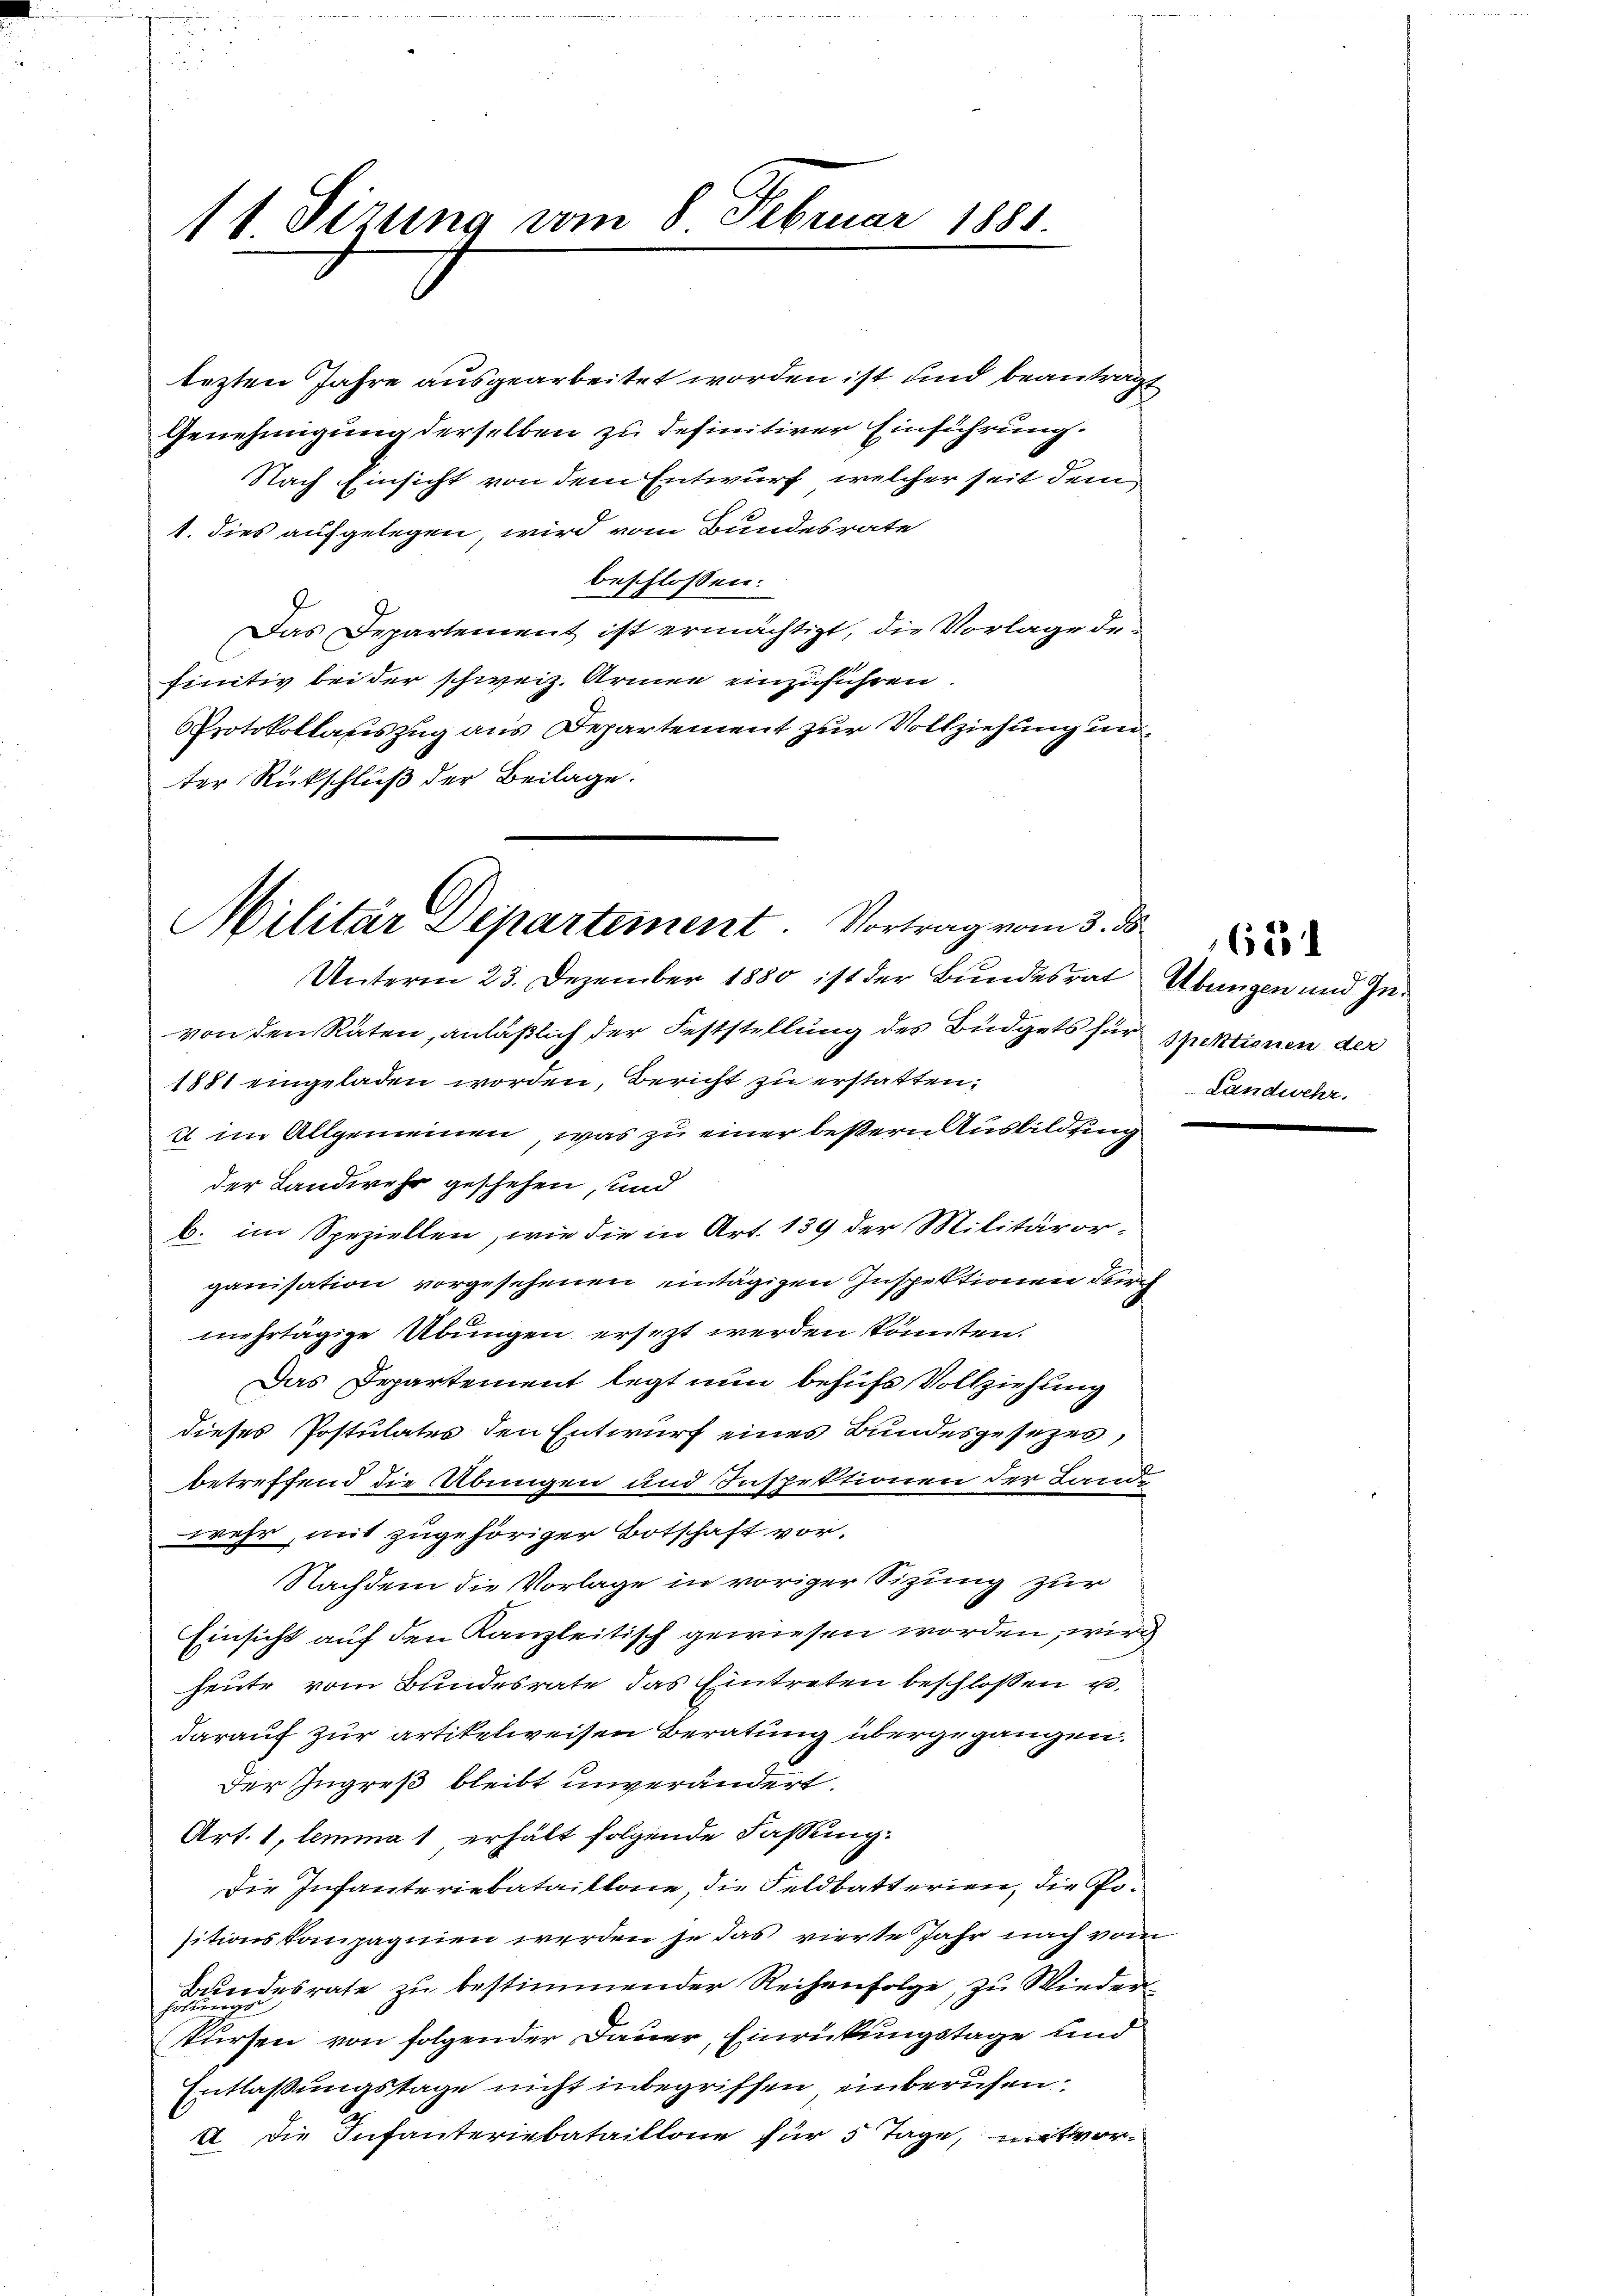
tezten Jahre ausgearbeitet worden ist und beantragt
Genehmigung derselben zu definitiver Einführung.
Nach Einsicht von dem Entwurf, welcher seit dem
1. dies aufgelegen, wird vom Bundesrate
beschlossen:
Das Departement ist ermächtigt, die Vorlage de-
finitiv bei der schweiz. Armen einzuführen.
Protokollauszug aus Departement zur Vollziehung un
ter Rückschluß der Beilage.

11. Sizung vom 8. Februar 1881.

Militär Departement. Vortrag vom 3. ds
Unterm 23. Dezember 1880 ist der Bundesrat Übungen und Zu¬

von den Räten, anläßlich der Feststellung des Büdgets für spektionen des
1881 eingeladen worden, Bericht zu erstatten,
i im Allgemeinen, was zu einer bestern Ausbildung
der Landwehr geschehen, und
b. im Speziellen, wie die in Art. 139 der Militäror-
ganisation vorgesehenen eintägigen Inspektionen durch
mehrtägige Übungen ersezt werden könnten.
Das Departement legt nun behufs Vollziehung
dieses Postulates den Entwurf eines Bundesgesezes,
betreffend die Übungen und Inspektionen der Lande
wehr, mit zugehöriger Botschaft vor.
Nachdem die Vorlage in voriger Sizung zur
Einsicht auf den Kanzleitisch gewiesen worden, wird
heute vom Bundesrate das Eintreten beschlossen u.
darauf zur artikelweisen Beratung übergegangen.
Der Ingreß bleibt unverändert.
Art. 1, lemma 1 erhält folgende Fassung.
Die Infanteriebataillone, die Feldbatterien, die Positionskompagnien werden je das vierte Jahr nach vom
desrate zu bestimmender Reihenfolge, zu Wiederkursen von folgender Dauer, Einrückungstage und
Entlaßungstage nicht inbegriffen, einberufen¬
2. Die Infanteriebataillone für 5 Tage, mit vor¬

Landwehr.

163